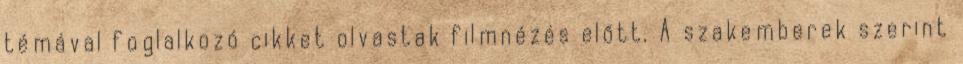
témával foglalkozó cikket olvastak filmnézés előtt. A szakemberek szerint